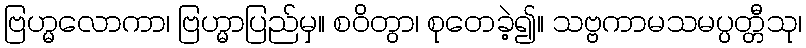
ဗြဟ္မလောကာ၊ ဗြဟ္မာပြည်မှ။ စဝိတွာ၊ စုတေခဲ့၍။ သဗ္ဗကာမသမပ္ပတ္တီသု၊